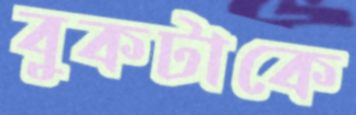
বুকটাকে